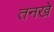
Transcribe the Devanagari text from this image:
तनखे